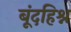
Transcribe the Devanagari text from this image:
बूंदहिश्न